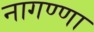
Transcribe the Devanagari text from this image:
नागण्णा